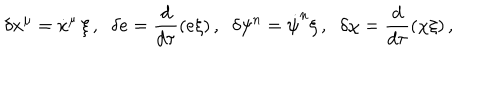
\delta x ^ { \mu } = \dot { x } ^ { \mu } \, \xi \, , \; \; \delta e = \frac { d } { d \tau } ( e \xi ) \, , \; \; \delta \psi ^ { n } = \dot { \psi } ^ { n } \xi \, , \; \; \delta \chi = \frac { d } { d \tau } ( \chi \xi ) \, ,